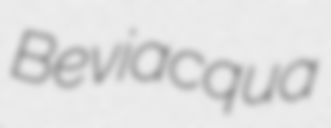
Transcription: Beviacqua